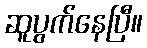
ဆူပွက်နေပြီ။